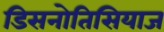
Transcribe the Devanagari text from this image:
डिसनोतिसियाज